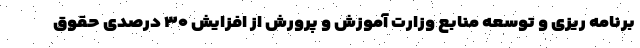
برنامه ریزی و توسعه منابع وزارت آموزش و پرورش از افزایش ۳۰ درصدی حقوق